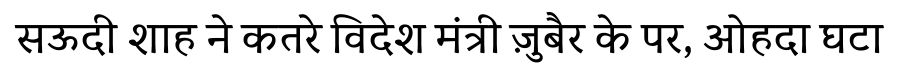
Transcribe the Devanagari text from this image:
सऊदी शाह ने कतरे विदेश मंत्री ज़ुबैर के पर, ओहदा घटा